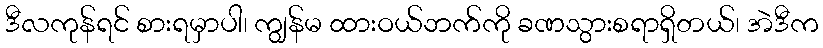
ဒီလကုန်ရင် စားရမှာပါ၊ ကျွန်မ ထားဝယ်ဘက်ကို ခဏသွားစရာရှိတယ်၊ အဲဒီက